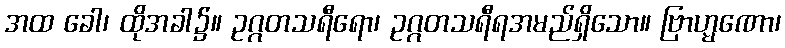
အထ ခေါ၊ ထိုအခါ၌။ ဥဂ္ဂတသရီရော၊ ဥဂ္ဂတသရီရအမည်ရှိသော။ ဗြာဟ္မဏော၊